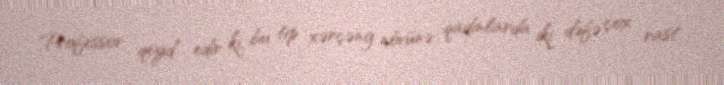
Professor qeyd edir ki, bu tip xərçəng növünə qadınlarda iki dəfə çox rast